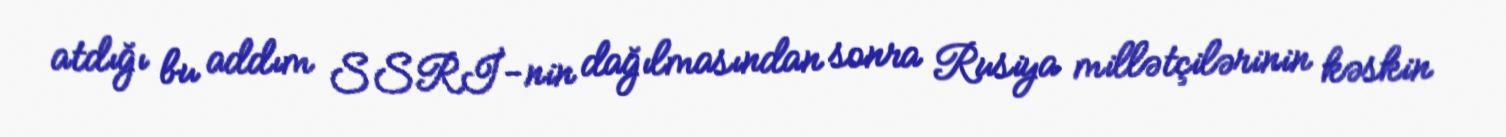
atdığı bu addım SSRİ-nin dağılmasından sonra Rusiya millətçilərinin kəskin